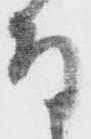
な